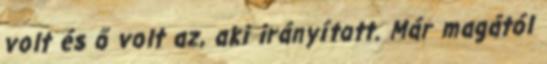
volt és ő volt az, aki irányított. Már magától